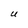
Character: U